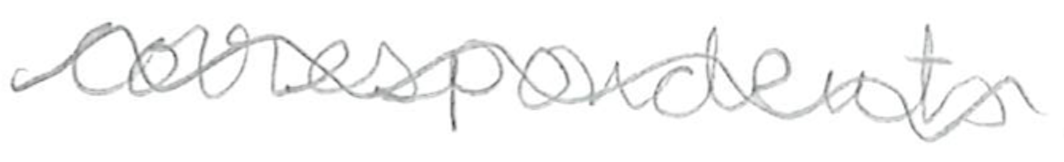
Text: correspondents
Cross-out: wave
Writing tool: pencil